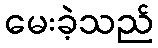
မေးခဲ့သည်